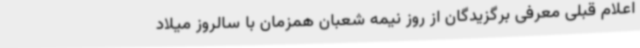
اعلام قبلی معرفی برگزیدگان از روز نیمه شعبان همزمان با سالروز میلاد